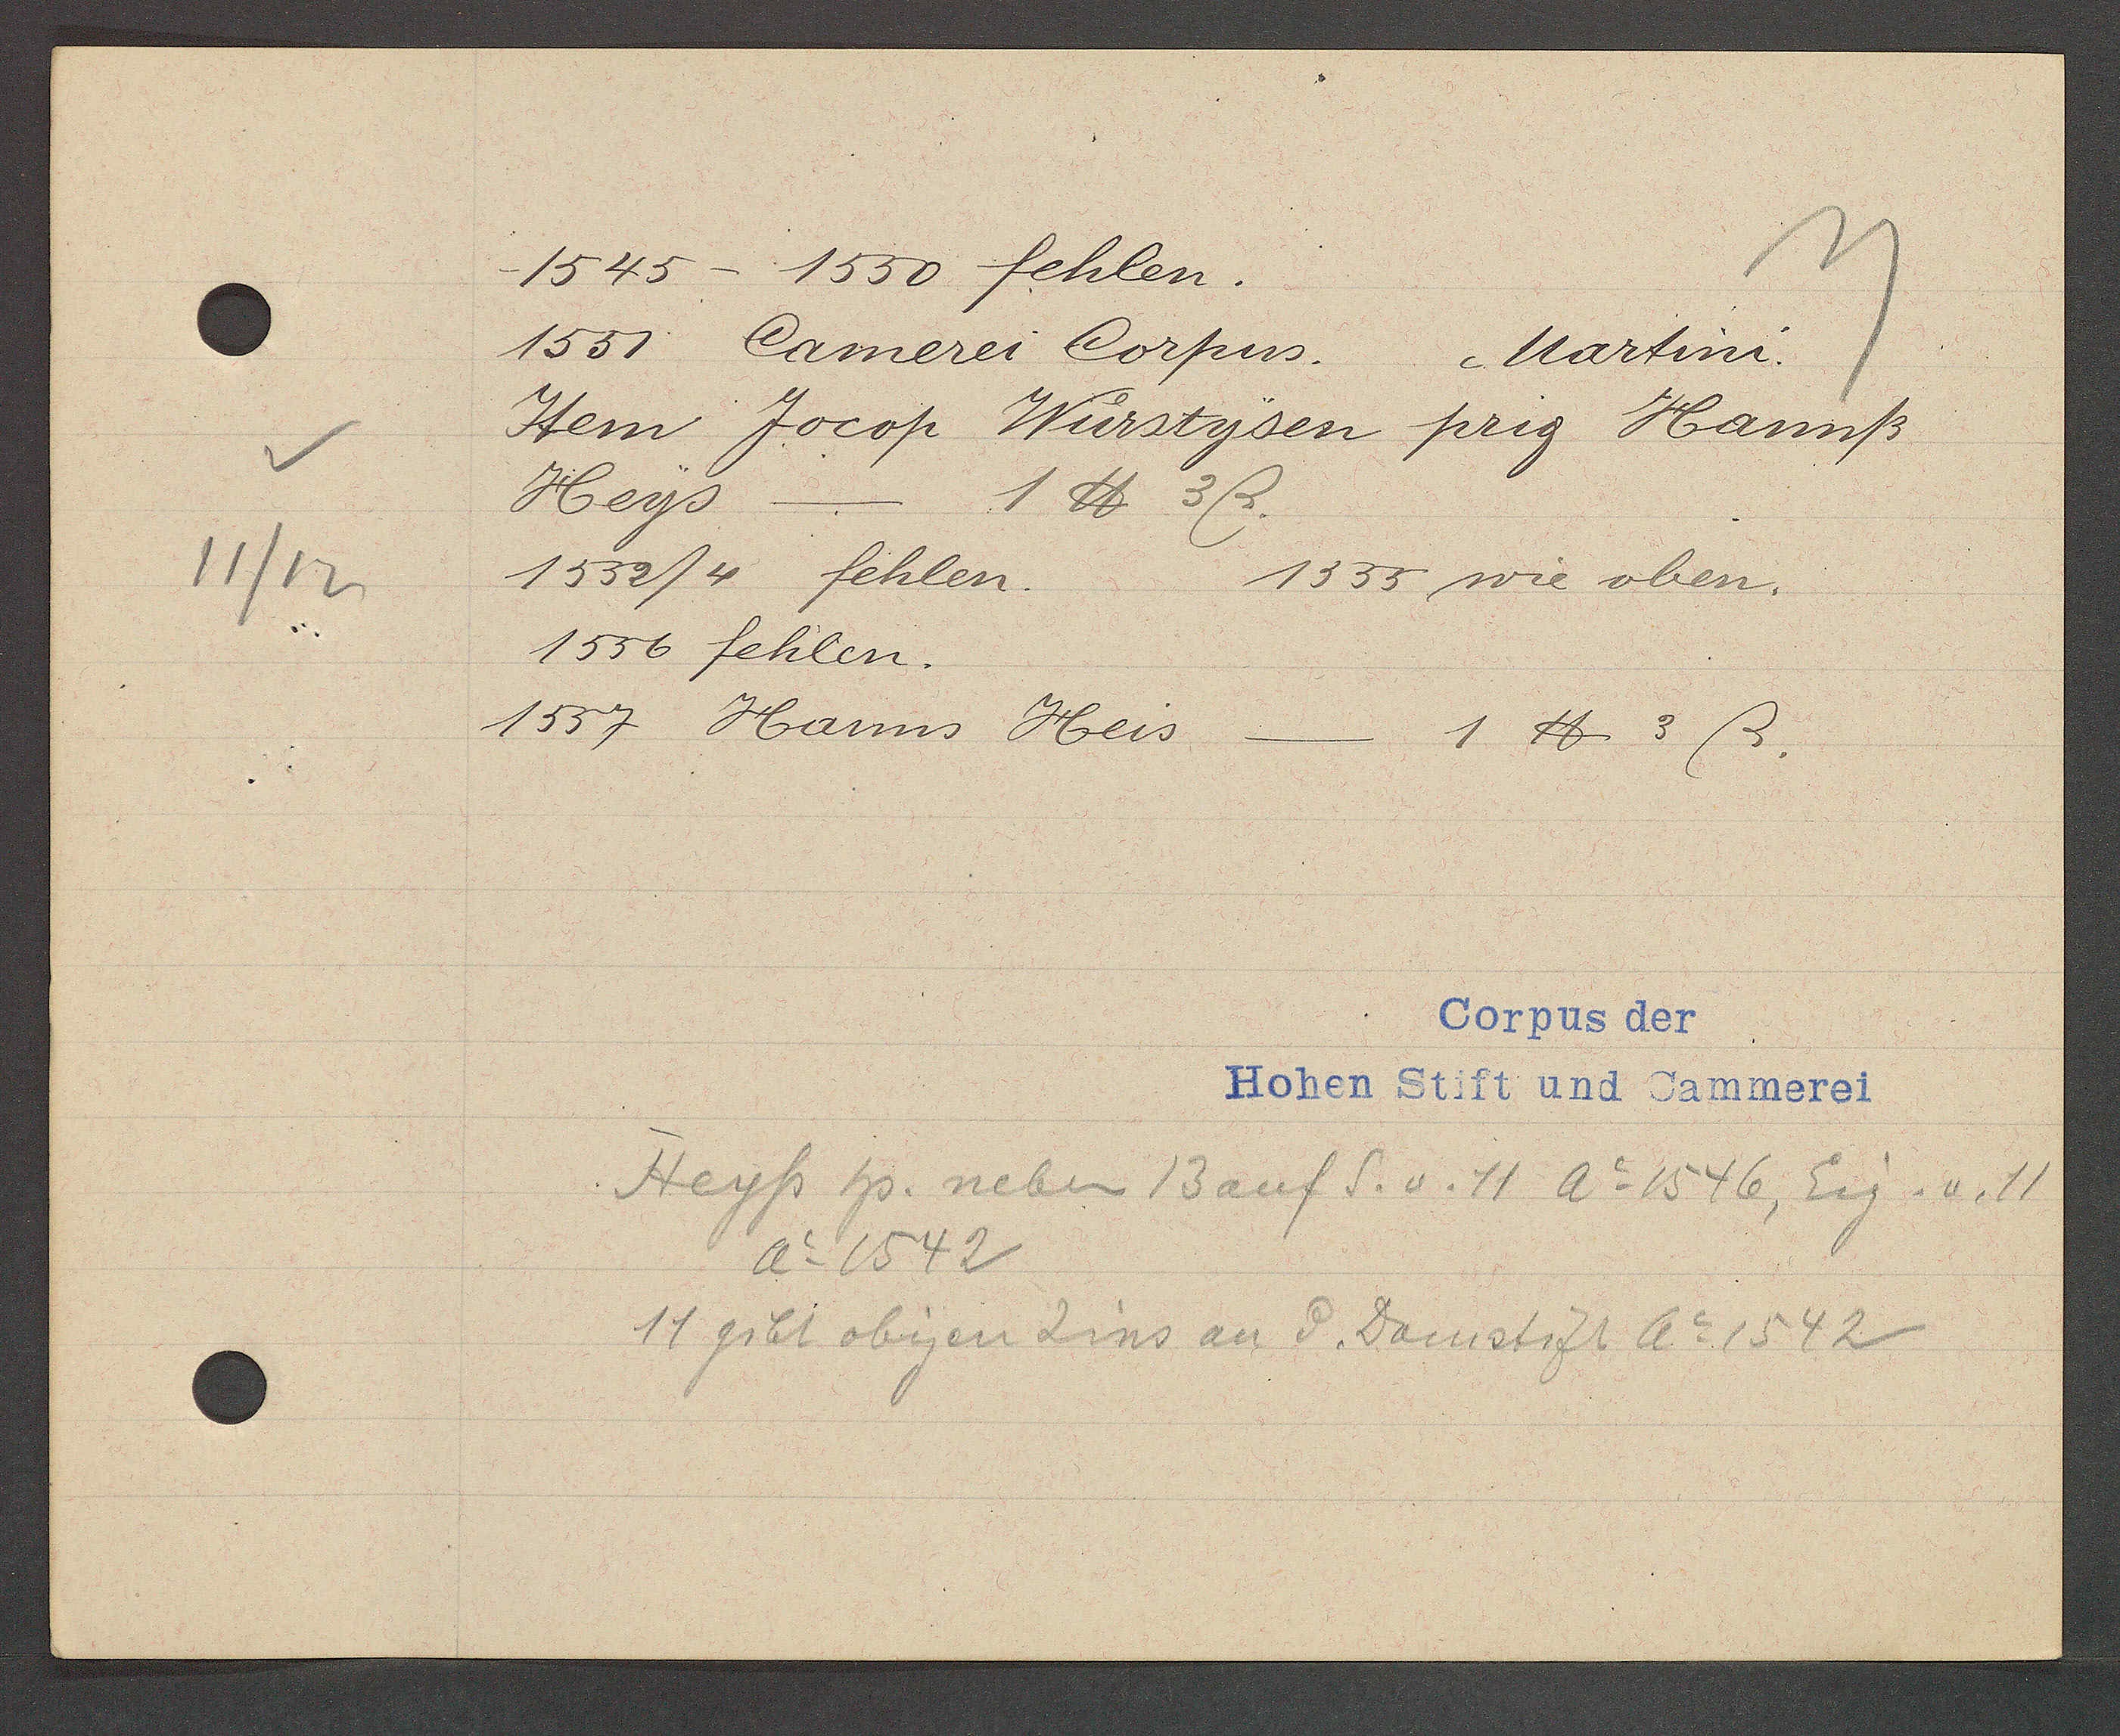
Transcript:
11/12

1545 - 1550 fehlen.

1551 Camerei Corpus.
Martini.
Item Jocop Wurstysen prig Hannß
Heys
-
1 ℔ 3ß.
1532/4 fehlen.
1355 wie oben.
1556 fehlen.
1557 Hanns Heis - 1 ℔ 3 ß.

Heyss hs. neben 13 auf S. v. 11 Ao 1546, Eig. v. 11
Ao 1542
11 gibt obigen Zins an d. Domstift Ao 1542

Corpus der
Hohen Stift und Cammerei